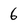
Character: 6